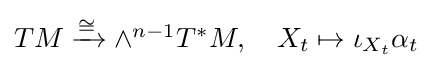
{\textstyle TM\xrightarrow {\cong } \wedge ^{n-1}T^{*}M,\quad X_{t}\mapsto \iota _{X_{t}}\alpha _{t}}